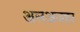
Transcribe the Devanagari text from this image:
अलअजहर